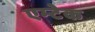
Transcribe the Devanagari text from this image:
एम्टेक